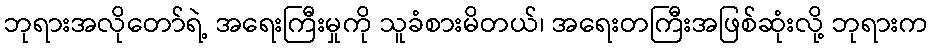
ဘုရားအလိုတော်ရဲ့ အရေးကြီးမှုကို သူခံစားမိတယ်၊ အရေးတကြီးအဖြစ်ဆုံးလို့ ဘုရားက